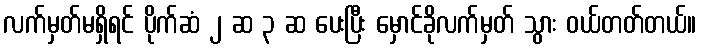
လက်မှတ်မရှိရင် ပိုက်ဆံ ၂ ဆ ၃ ဆ ပေးပြီး မှောင်ခိုလက်မှတ် သွား ဝယ်တတ်တယ်။